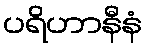
ပရိဟာနီနံ